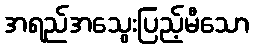
အရည်အသွေးပြည့်မီသော